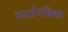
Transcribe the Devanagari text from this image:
वार्तापत्रिका